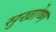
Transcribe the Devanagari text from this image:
सुखोष्ण